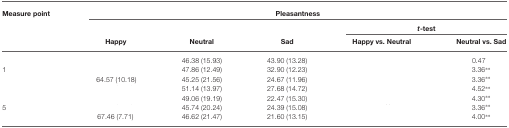
<table><thead><tr><td><b>Measure point</b></td><td colspan="5"><b>Pleasantness</b></td></tr><tr><td>[EMPTY_CELL]</td><td colspan="3">[EMPTY_CELL]</td><td colspan="2"><b><i>t</i>-test</b></td></tr><tr><td>[EMPTY_CELL]</td><td><b>Happy</b></td><td><b>Neutral</b></td><td><b>Sad</b></td><td><b>Happy vs. Neutral</b></td><td><b>Neutral vs. Sad</b></td></tr></thead><tbody><tr><td>[EMPTY_CELL]</td><td>[EMPTY_CELL]</td><td>46.38 (15.93)</td><td>43.90 (13.28)</td><td>[EMPTY_CELL]</td><td>0.47</td></tr><tr><td>1</td><td>[EMPTY_CELL]</td><td>47.86 (12.49)</td><td>32.90 (12.23)</td><td>[EMPTY_CELL]</td><td>3.36**</td></tr><tr><td>[EMPTY_CELL]</td><td>64.57 (10.18)</td><td>45.25 (21.56)</td><td>24.67 (11.96)</td><td>[EMPTY_CELL]</td><td>3.36**</td></tr><tr><td>[EMPTY_CELL]</td><td>[EMPTY_CELL]</td><td>51.14 (13.97)</td><td>27.68 (14.72)</td><td>[EMPTY_CELL]</td><td>4.52**</td></tr><tr><td>[EMPTY_CELL]</td><td>[EMPTY_CELL]</td><td>49.06 (19.19)</td><td>22.47 (15.30)</td><td>[EMPTY_CELL]</td><td>4.30**</td></tr><tr><td>5</td><td>[EMPTY_CELL]</td><td>45.74 (20.24)</td><td>24.39 (15.08)</td><td>[EMPTY_CELL]</td><td>3.36**</td></tr><tr><td>[EMPTY_CELL]</td><td>67.46 (7.71)</td><td>46.62 (21.47)</td><td>21.60 (13.15)</td><td>[EMPTY_CELL]</td><td>4.00**</td></tr></tbody></table>